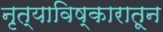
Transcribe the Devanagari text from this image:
नृत्याविष्कारातून